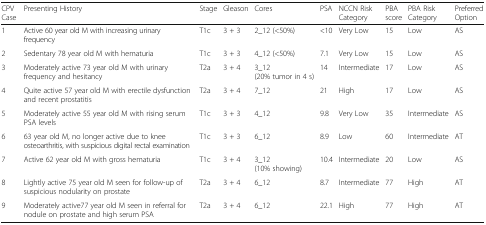
<table><thead><tr><td><b>CPV Case</b></td><td><b>Presenting History</b></td><td><b>Stage</b></td><td><b>Gleason</b></td><td><b>Cores</b></td><td><b>PSA</b></td><td><b>NCCN Risk Category</b></td><td><b>PBA score</b></td><td><b>PBA Risk Category</b></td><td><b>Preferred Option</b></td></tr></thead><tbody><tr><td>1</td><td>Active 60 year old M with increasing urinary frequency</td><td>T1c</td><td>3 + 3</td><td>2_12 (&lt;50%)</td><td>&lt;10</td><td>Very Low</td><td>15</td><td>Low</td><td>AS</td></tr><tr><td>2</td><td>Sedentary 78 year old M with hematuria</td><td>T1c</td><td>3 + 3</td><td>4_12 (&lt;50%)</td><td>7.1</td><td>Very Low</td><td>15</td><td>Low</td><td>AS</td></tr><tr><td>3</td><td>Moderately active 73 year old M with urinary frequency and hesitancy</td><td>T2a</td><td>3 + 4</td><td>3_12 (20% tumor in 4 s)</td><td>14</td><td>Intermediate</td><td>17</td><td>Low</td><td>AS</td></tr><tr><td>4</td><td>Quite active 57 year old M with erectile dysfunction and recent prostatitis</td><td>T2a</td><td>3 + 4</td><td>7_12</td><td>21</td><td>High</td><td>17</td><td>Low</td><td>AS</td></tr><tr><td>5</td><td>Moderately active 55 year old M with rising serum PSA levels</td><td>T1c</td><td>3 + 3</td><td>4_12</td><td>9.8</td><td>Very Low</td><td>35</td><td>Intermediate</td><td>AS</td></tr><tr><td>6</td><td>63 year old M, no longer active due to knee osteoarthritis, with suspicious digital rectal examination</td><td>T1c</td><td>3 + 3</td><td>6_12</td><td>8.9</td><td>Low</td><td>60</td><td>Intermediate</td><td>AT</td></tr><tr><td>7</td><td>Active 62 year old M with gross hematuria</td><td>T1c</td><td>3 + 4</td><td>3_12 (10% showing)</td><td>10.4</td><td>Intermediate</td><td>20</td><td>Low</td><td>AS</td></tr><tr><td>8</td><td>Lightly active 75 year old M seen for follow-up of suspicious nodularity on prostate</td><td>T2a</td><td>3 + 4</td><td>6_12</td><td>8.7</td><td>Intermediate</td><td>77</td><td>High</td><td>AT</td></tr><tr><td>9</td><td>Moderately active77 year old M seen in referral for nodule on prostate and high serum PSA</td><td>T2a</td><td>3 + 4</td><td>6_12</td><td>22.1</td><td>High</td><td>77</td><td>High</td><td>AT</td></tr></tbody></table>